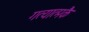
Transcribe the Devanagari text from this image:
गत्यात्मकै